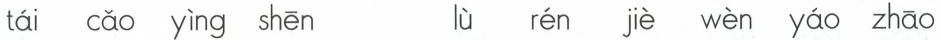
tái cǎo yìng shēn lù rén jiè wèn yáo zhāo